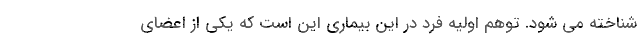
شناخته می شود. توهم اولیه فرد در این بیماری این است كه یكی از اعضای